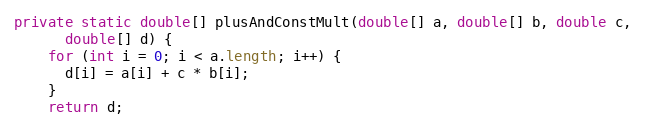
Language: Java
private static double[] plusAndConstMult(double[] a, double[] b, double c,
      double[] d) {
    for (int i = 0; i < a.length; i++) {
      d[i] = a[i] + c * b[i];
    }
    return d;